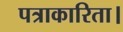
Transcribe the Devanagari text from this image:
पत्राकारिता।